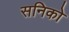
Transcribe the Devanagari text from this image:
सनिको